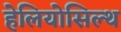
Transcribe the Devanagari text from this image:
हेलियोसिल्थ